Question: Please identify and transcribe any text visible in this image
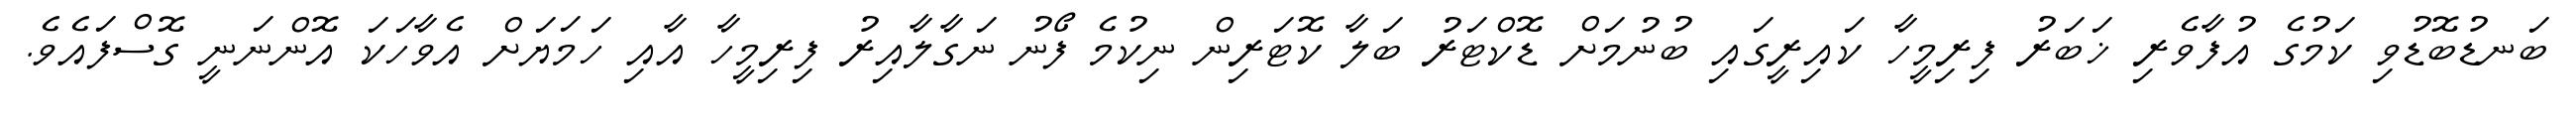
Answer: ބަނޑުބޮޑުވި ކަމުގެ އުފާވެރި ޚަބަރު ފިރިމީހާ ކައިރީގައި ބުނުމަށް ޑޮކްޓަރު ބަލާ ކޮޓަރިން ނިކުމެ ފޯނު ނަގާލާއިރު ފިރިމީހާ އާއި ހަމަޔަށް އެވާހަކަ އޮންނަނީ ގޮސްފައެވެ.